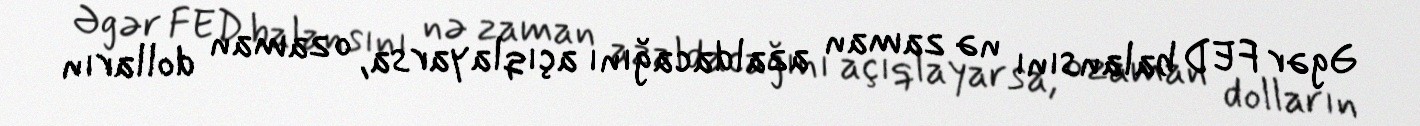
Əgər FED balansını nə zaman azaldacağını açıqlayarsa, o zaman dolların